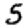
Digit: 5